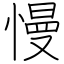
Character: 慢